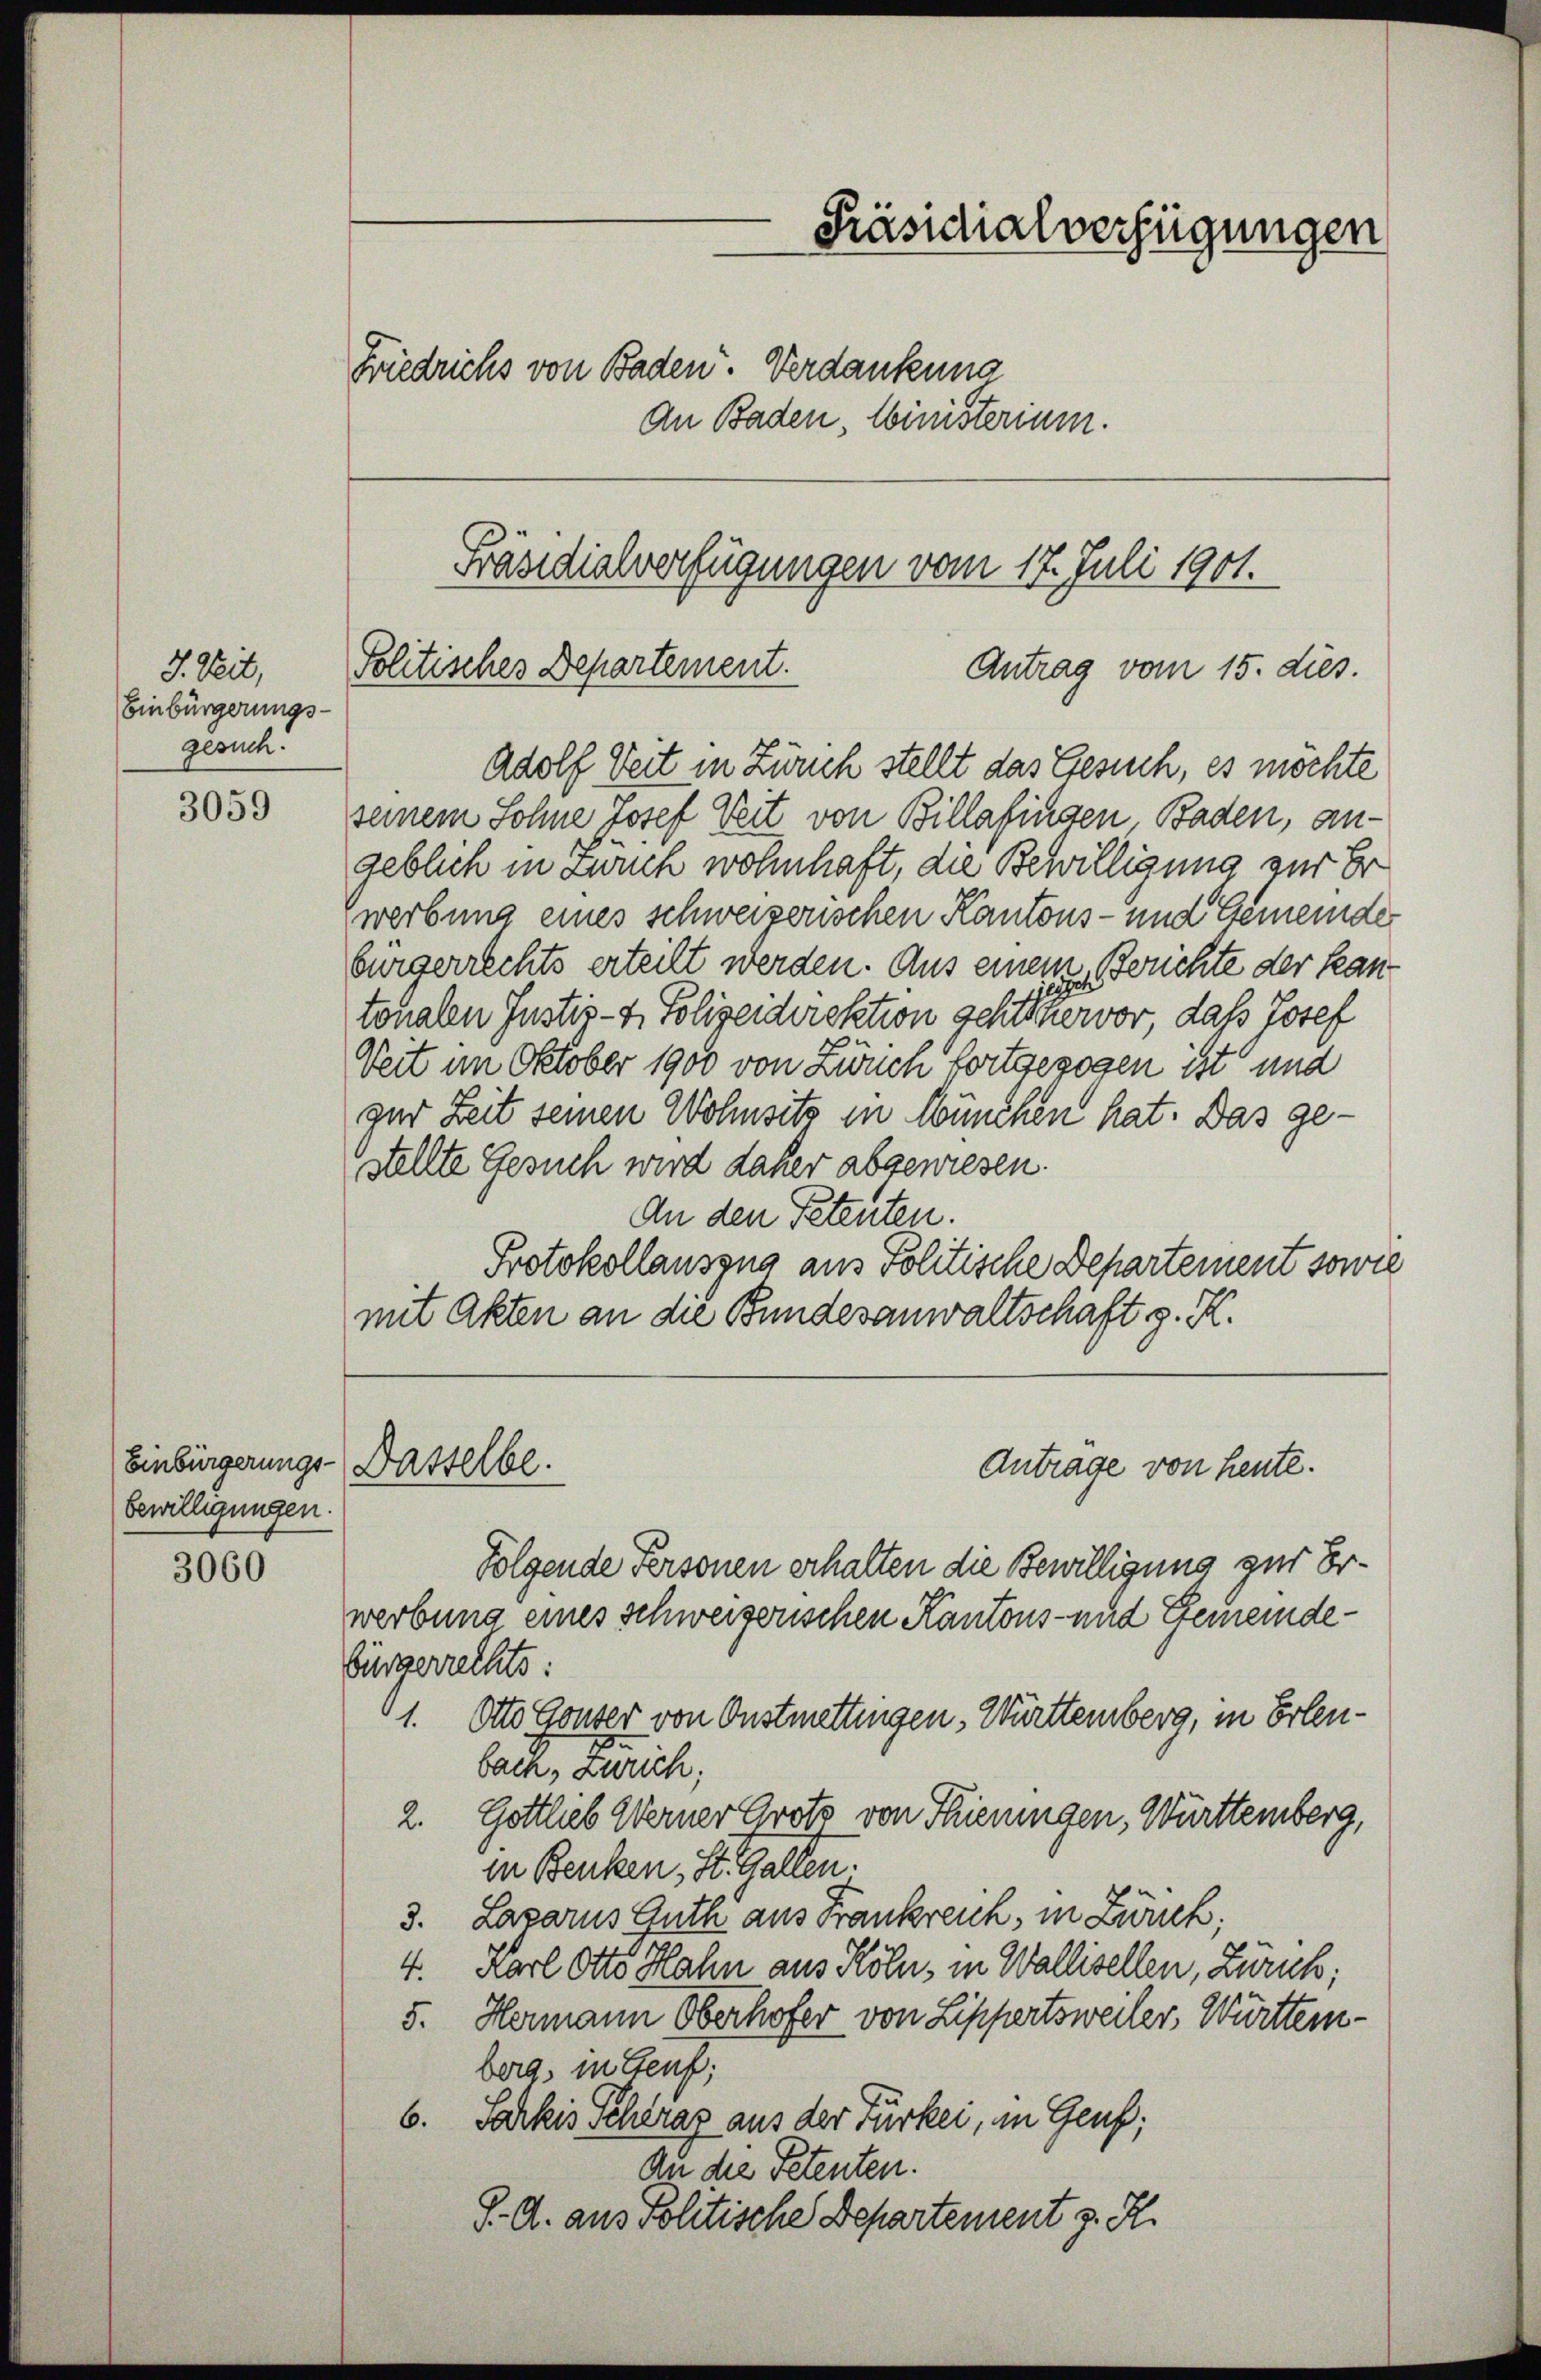
J. Veit,
Einbürgerungs-
gesuch.

3059

Einbürgerungs
bewilligungen

3060

Präsidialverfügungen
Friedrichs von Baden. Verdankung
An Baden, Ministerium.

Präsidialverfügungen vom 17. Juli 1901.
Politisches Departement.
Antrag vom 15. dies.

Adolf Veit in Zürich stellt das Gesuch, es möchte
seinem Sohne Josef Seit von Billafingen, Baden, angeblich in Zürich wohnhaft, die Bewilligung zur Er
werbung eines schweizerischen Kantons- und Gemeinde
bürgerrechts erteilt werden. Aus einem Berichte der Kantonalen Justiz- & Polizeidirektion geht hervor, dass Josef
Zeit im Oktober 1900 von Zwuch fortgezogen ist und
zur Zeit seinen Wohnsitz in München hat. Das gestellte Gesuch wird daher abgewiesen.
An den Petenten.
Protokollauszug aus Politische Departement sowie
mit Akten an die Bundesanwaltschaft z. K.

Folgende Personen erhalten die Bewilligung zur Erwerbung eines schweizerischen Kantons- und Gemeindebürgerrechts:
1. Otto Gouver von Onstmettingen, Württemberg, in Erlenbach, Zürich;
2. Gottlieb Werner Gross von Thieringen, Württemberg,
in Benken, St. Gallen.
3. Lazarus Guth aus Frankreich, in Zürch,
4. Karl Otto Hahn aus Köln, in Wallisellen, Zürich;
5. Hermann Oberhofer von Lippertsweiler, Württern-
berg, in Genf,
6. Sarkis Schraz aus der Türkei, in Genf;
An die Petenten.
S. A. aus Johtische Departement z. R.

Dasselbe.

Antrage von heute.